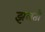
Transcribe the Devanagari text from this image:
झलती